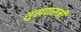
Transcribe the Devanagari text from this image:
सुखदासजी